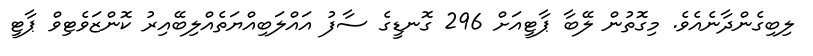
ލިބިގެންދާނެއެވެ. މިގޮތުން ލޭބާ ޕާޓީއަށް 296 ގޮނޑީގެ ސާފު އައްލަބިއްޔަތެއްލިބޭއިރު ކޮންޒަވެޓިވް ޕާޓީ